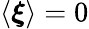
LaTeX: \langle\boldsymbol{\xi}\rangle=0